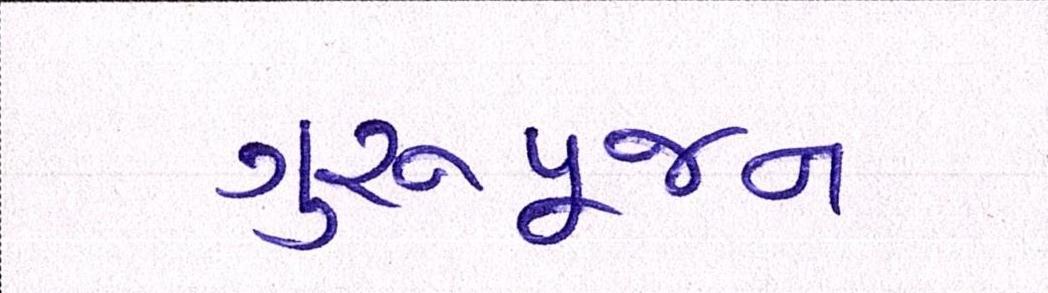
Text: ગુરૂપૂજન